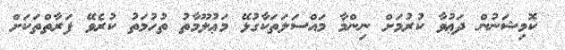
ކޮމިޝަނުން ދަޢުވާ ކުރުމަށް ނިންމާ މައްސަލަތަކާގުޅޭ މަޢުލޫމާތު ތުހުމަތު ކުރެވޭ ފަރާތްތަކަށް